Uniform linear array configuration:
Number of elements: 24
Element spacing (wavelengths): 0.5
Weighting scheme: cosine
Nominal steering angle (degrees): -60
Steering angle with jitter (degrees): -58.258
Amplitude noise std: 0.05
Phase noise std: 0.05

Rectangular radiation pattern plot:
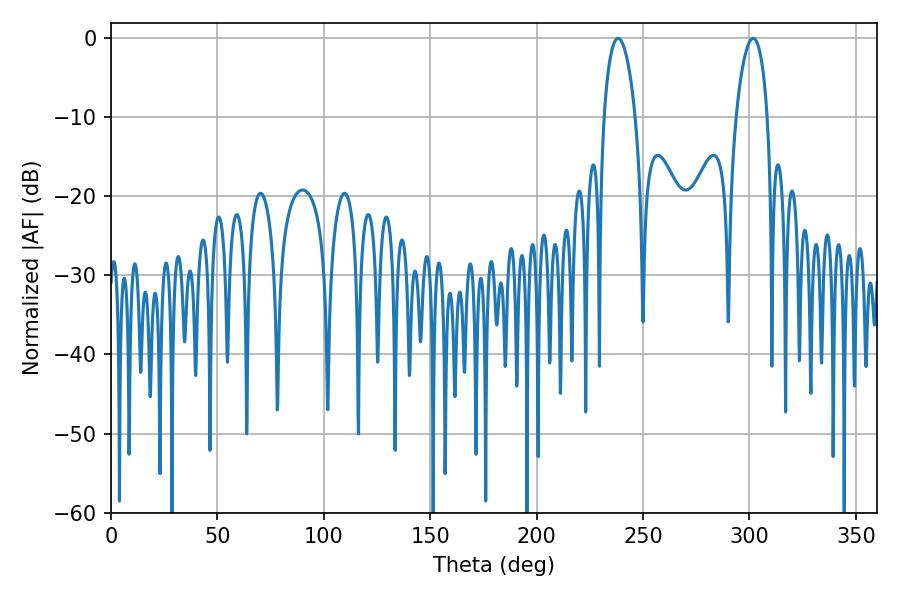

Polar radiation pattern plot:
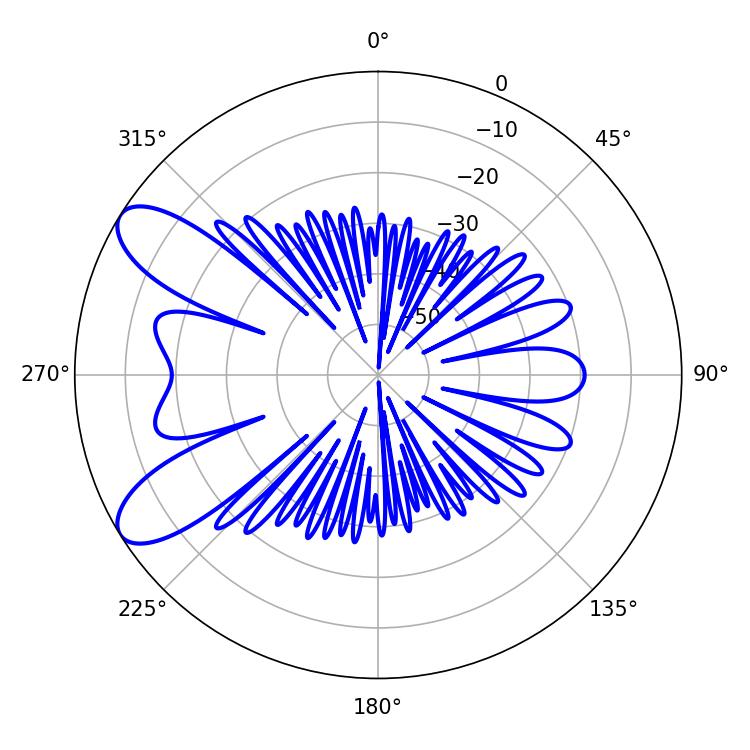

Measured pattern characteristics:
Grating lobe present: FALSE
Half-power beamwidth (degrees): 8.28
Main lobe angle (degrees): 301.68